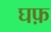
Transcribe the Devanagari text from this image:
घफ़